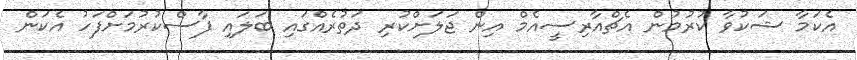
އެކަމާ ޝަކުވާ ކުރުމުން އެޗްއާރިސީއެމް އިން ޖަލަށްކުރި ދަތުރެއްގައި ބަލައި ފާސްކުރުމަށްފަހު އެކަން